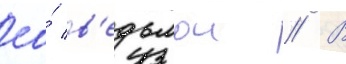
ео́ в'едьмои // В